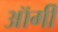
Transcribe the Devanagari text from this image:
ऑर्गी